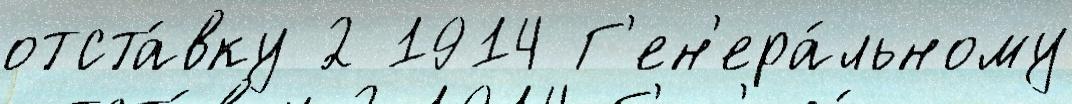
отста́вку 2 1914 Г'ен'ера́льному